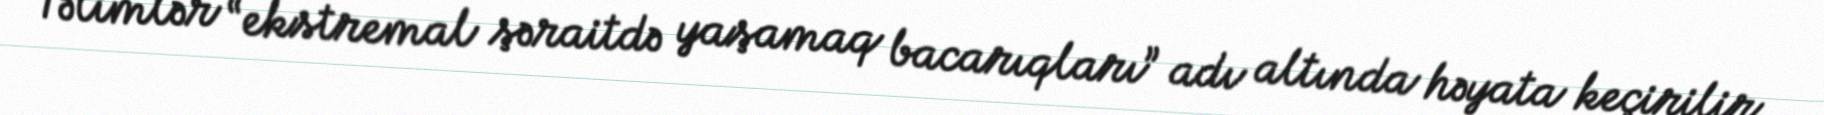
Təlimlər “ekstremal şəraitdə yaşamaq bacarıqları” adı altında həyata keçirilir.